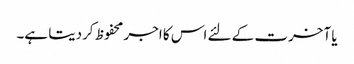
یا آخرت کے لئے اس کا اجر محفوظ کردیتا ہے۔